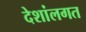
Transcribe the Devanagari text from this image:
देशांलगत